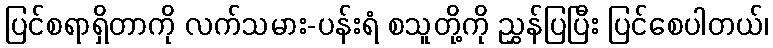
ပြင်စရာရှိတာကို လက်သမား-ပန်းရံ စသူတို့ကို ညွှန်ပြပြီး ပြင်စေပါတယ်၊